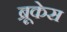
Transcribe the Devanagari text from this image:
ब्रूकेस